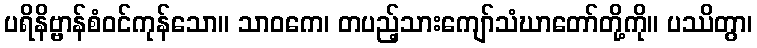
ပရိနိဗ္ဗာန်စံဝင်ကုန်သော။ သာဝကေ၊ တပည့်သားကျော်သံဃာတော်တို့ကို။ ပဿိတွာ၊